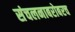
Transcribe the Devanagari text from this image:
संचलनाबरोबरच